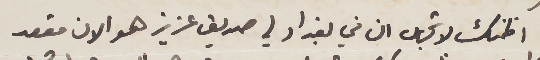
اظنك لا تجهل ان في بغداد لي صديق عزيز هو الان مقعد